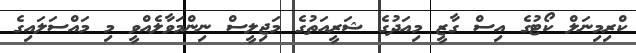
ކްރިމިނަލް ކޯޓުގެ އިސް ގާޒީ މިއަދުގެ ޝަރީއަތުގެ މަޖިލީސް ނިންމަވާލެއްވީ މި މައްސަލައިގެ